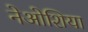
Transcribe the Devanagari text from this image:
नेओशिया